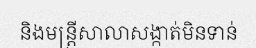
និងមន្ត្រីសាលាសង្កាត់មិនទាន់